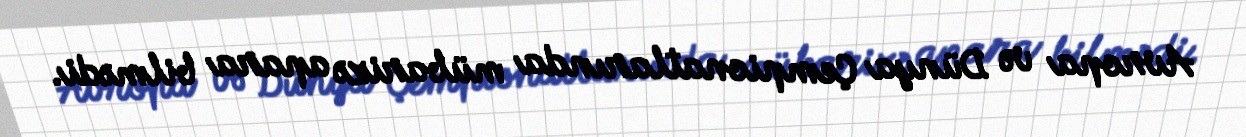
Avropa və Dünya Çempionatlarında mübarizə apara bilmədi.